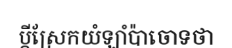
ប្តីស្រែកយំឡាំប៉ាចោទថា